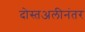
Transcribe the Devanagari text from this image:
दोस्तअलीनंतर